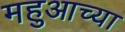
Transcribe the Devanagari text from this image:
महुआच्या